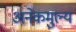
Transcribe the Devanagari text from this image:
अनेकमुल्य